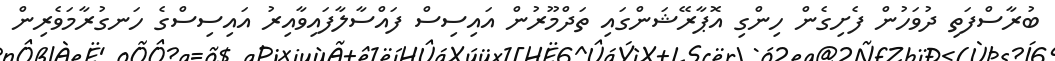
ބުރާސްފަތި ދުވަހުން ފެށިގެން ހިންގި އޮޕާރޭޝަންގައި ތަދްމޫރުން އައިސިސް ފައްސާލާފައިވާއިރު އައިސިސްގެ ހަނގުރާމަވެރިން